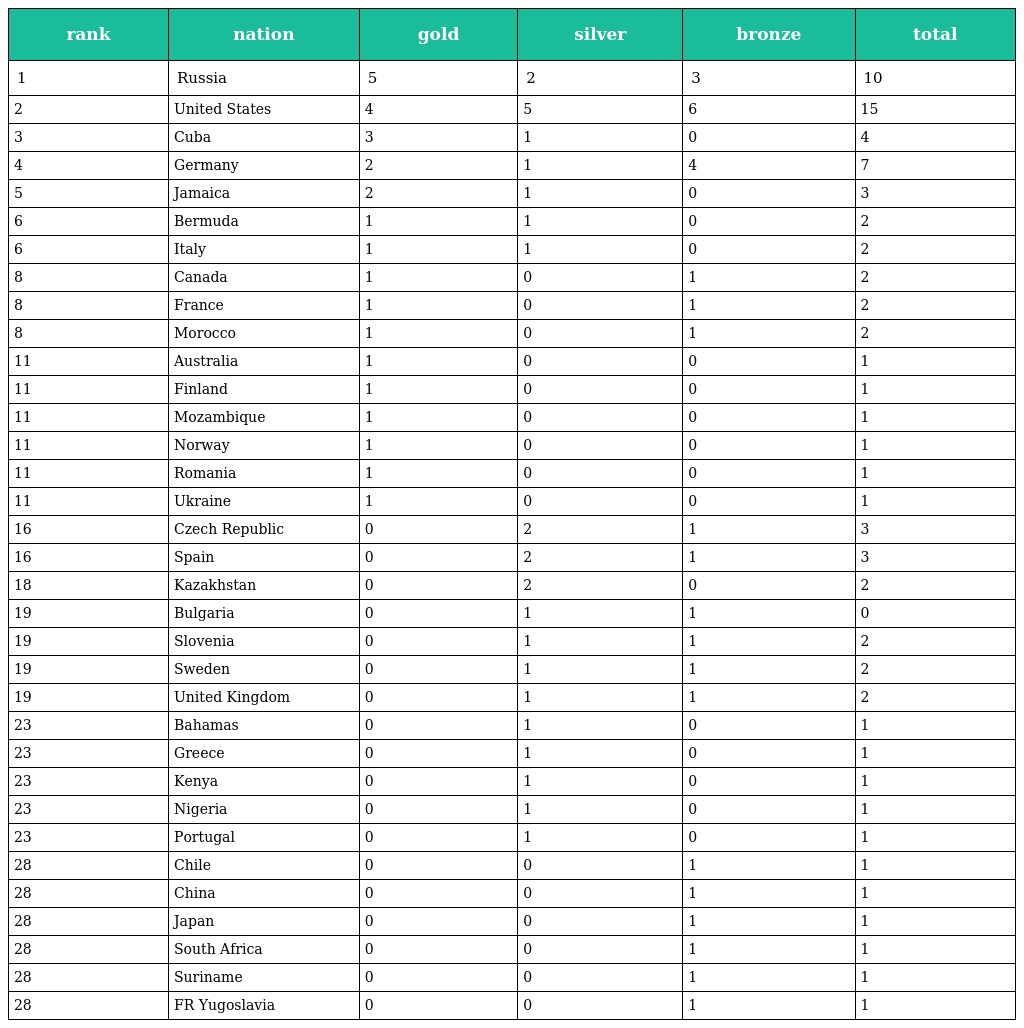
| rank | nation | gold | silver | bronze | total |
 | --- | --- | --- | --- | --- | --- |
 | 1 | Russia | 5 | 2 | 3 | 10 |
 | 2 | United States | 4 | 5 | 6 | 15 |
 | 3 | Cuba | 3 | 1 | 0 | 4 |
 | 4 | Germany | 2 | 1 | 4 | 7 |
 | 5 | Jamaica | 2 | 1 | 0 | 3 |
 | 6 | Bermuda | 1 | 1 | 0 | 2 |
 | 6 | Italy | 1 | 1 | 0 | 2 |
 | 8 | Canada | 1 | 0 | 1 | 2 |
 | 8 | France | 1 | 0 | 1 | 2 |
 | 8 | Morocco | 1 | 0 | 1 | 2 |
 | 11 | Australia | 1 | 0 | 0 | 1 |
 | 11 | Finland | 1 | 0 | 0 | 1 |
 | 11 | Mozambique | 1 | 0 | 0 | 1 |
 | 11 | Norway | 1 | 0 | 0 | 1 |
 | 11 | Romania | 1 | 0 | 0 | 1 |
 | 11 | Ukraine | 1 | 0 | 0 | 1 |
 | 16 | Czech Republic | 0 | 2 | 1 | 3 |
 | 16 | Spain | 0 | 2 | 1 | 3 |
 | 18 | Kazakhstan | 0 | 2 | 0 | 2 |
 | 19 | Bulgaria | 0 | 1 | 1 | 0 |
 | 19 | Slovenia | 0 | 1 | 1 | 2 |
 | 19 | Sweden | 0 | 1 | 1 | 2 |
 | 19 | United Kingdom | 0 | 1 | 1 | 2 |
 | 23 | Bahamas | 0 | 1 | 0 | 1 |
 | 23 | Greece | 0 | 1 | 0 | 1 |
 | 23 | Kenya | 0 | 1 | 0 | 1 |
 | 23 | Nigeria | 0 | 1 | 0 | 1 |
 | 23 | Portugal | 0 | 1 | 0 | 1 |
 | 28 | Chile | 0 | 0 | 1 | 1 |
 | 28 | China | 0 | 0 | 1 | 1 |
 | 28 | Japan | 0 | 0 | 1 | 1 |
 | 28 | South Africa | 0 | 0 | 1 | 1 |
 | 28 | Suriname | 0 | 0 | 1 | 1 |
 | 28 | FR Yugoslavia | 0 | 0 | 1 | 1 |